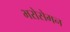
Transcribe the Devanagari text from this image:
भरोसेमन